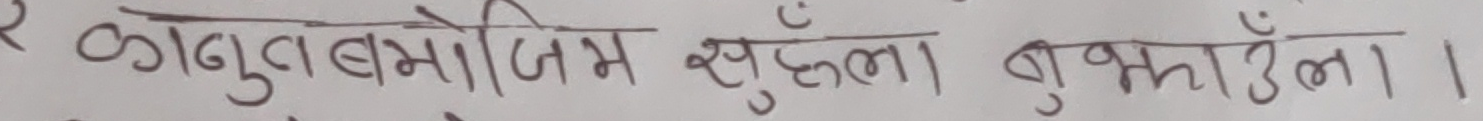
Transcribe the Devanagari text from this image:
र कानुनबमोजिम खुल्ला बुझाएँला।